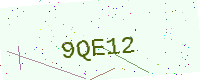
Text: 9QE12